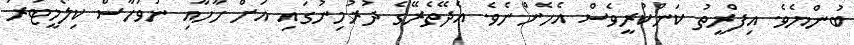
ބުންޔެވެ. އިފްރީތު ކަންކުރީވެސް އެހެންނެވެ. އެދޭތެރޭގެ ދުރުމިނުގައި އަށް ހާހާއި ނުވަހާސް ކިލޯމީޓަރު